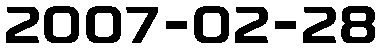
2007-02-28